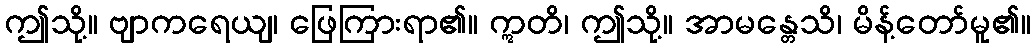
ဤသို့။ ဗျာကရေယျ၊ ဖြေကြားရာ၏။ ဣတိ၊ ဤသို့။ အာမန္တေသိ၊ မိန့်တော်မူ၏။